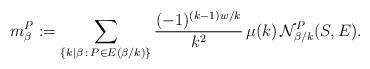
LaTeX: \begin{align*}m^P_\beta := \sum_{\left\{k|\beta \, : \, P\in E(\beta/k) \right\}} \frac{(-1)^{(k-1)w/k}}{k^2} \, \mu(k) \, \mathcal N^P_{\beta/k}(S,E).\end{align*}